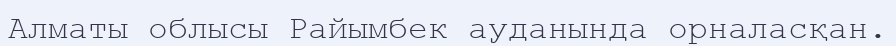
Алматы облысы Райымбек ауданында орналасқан.